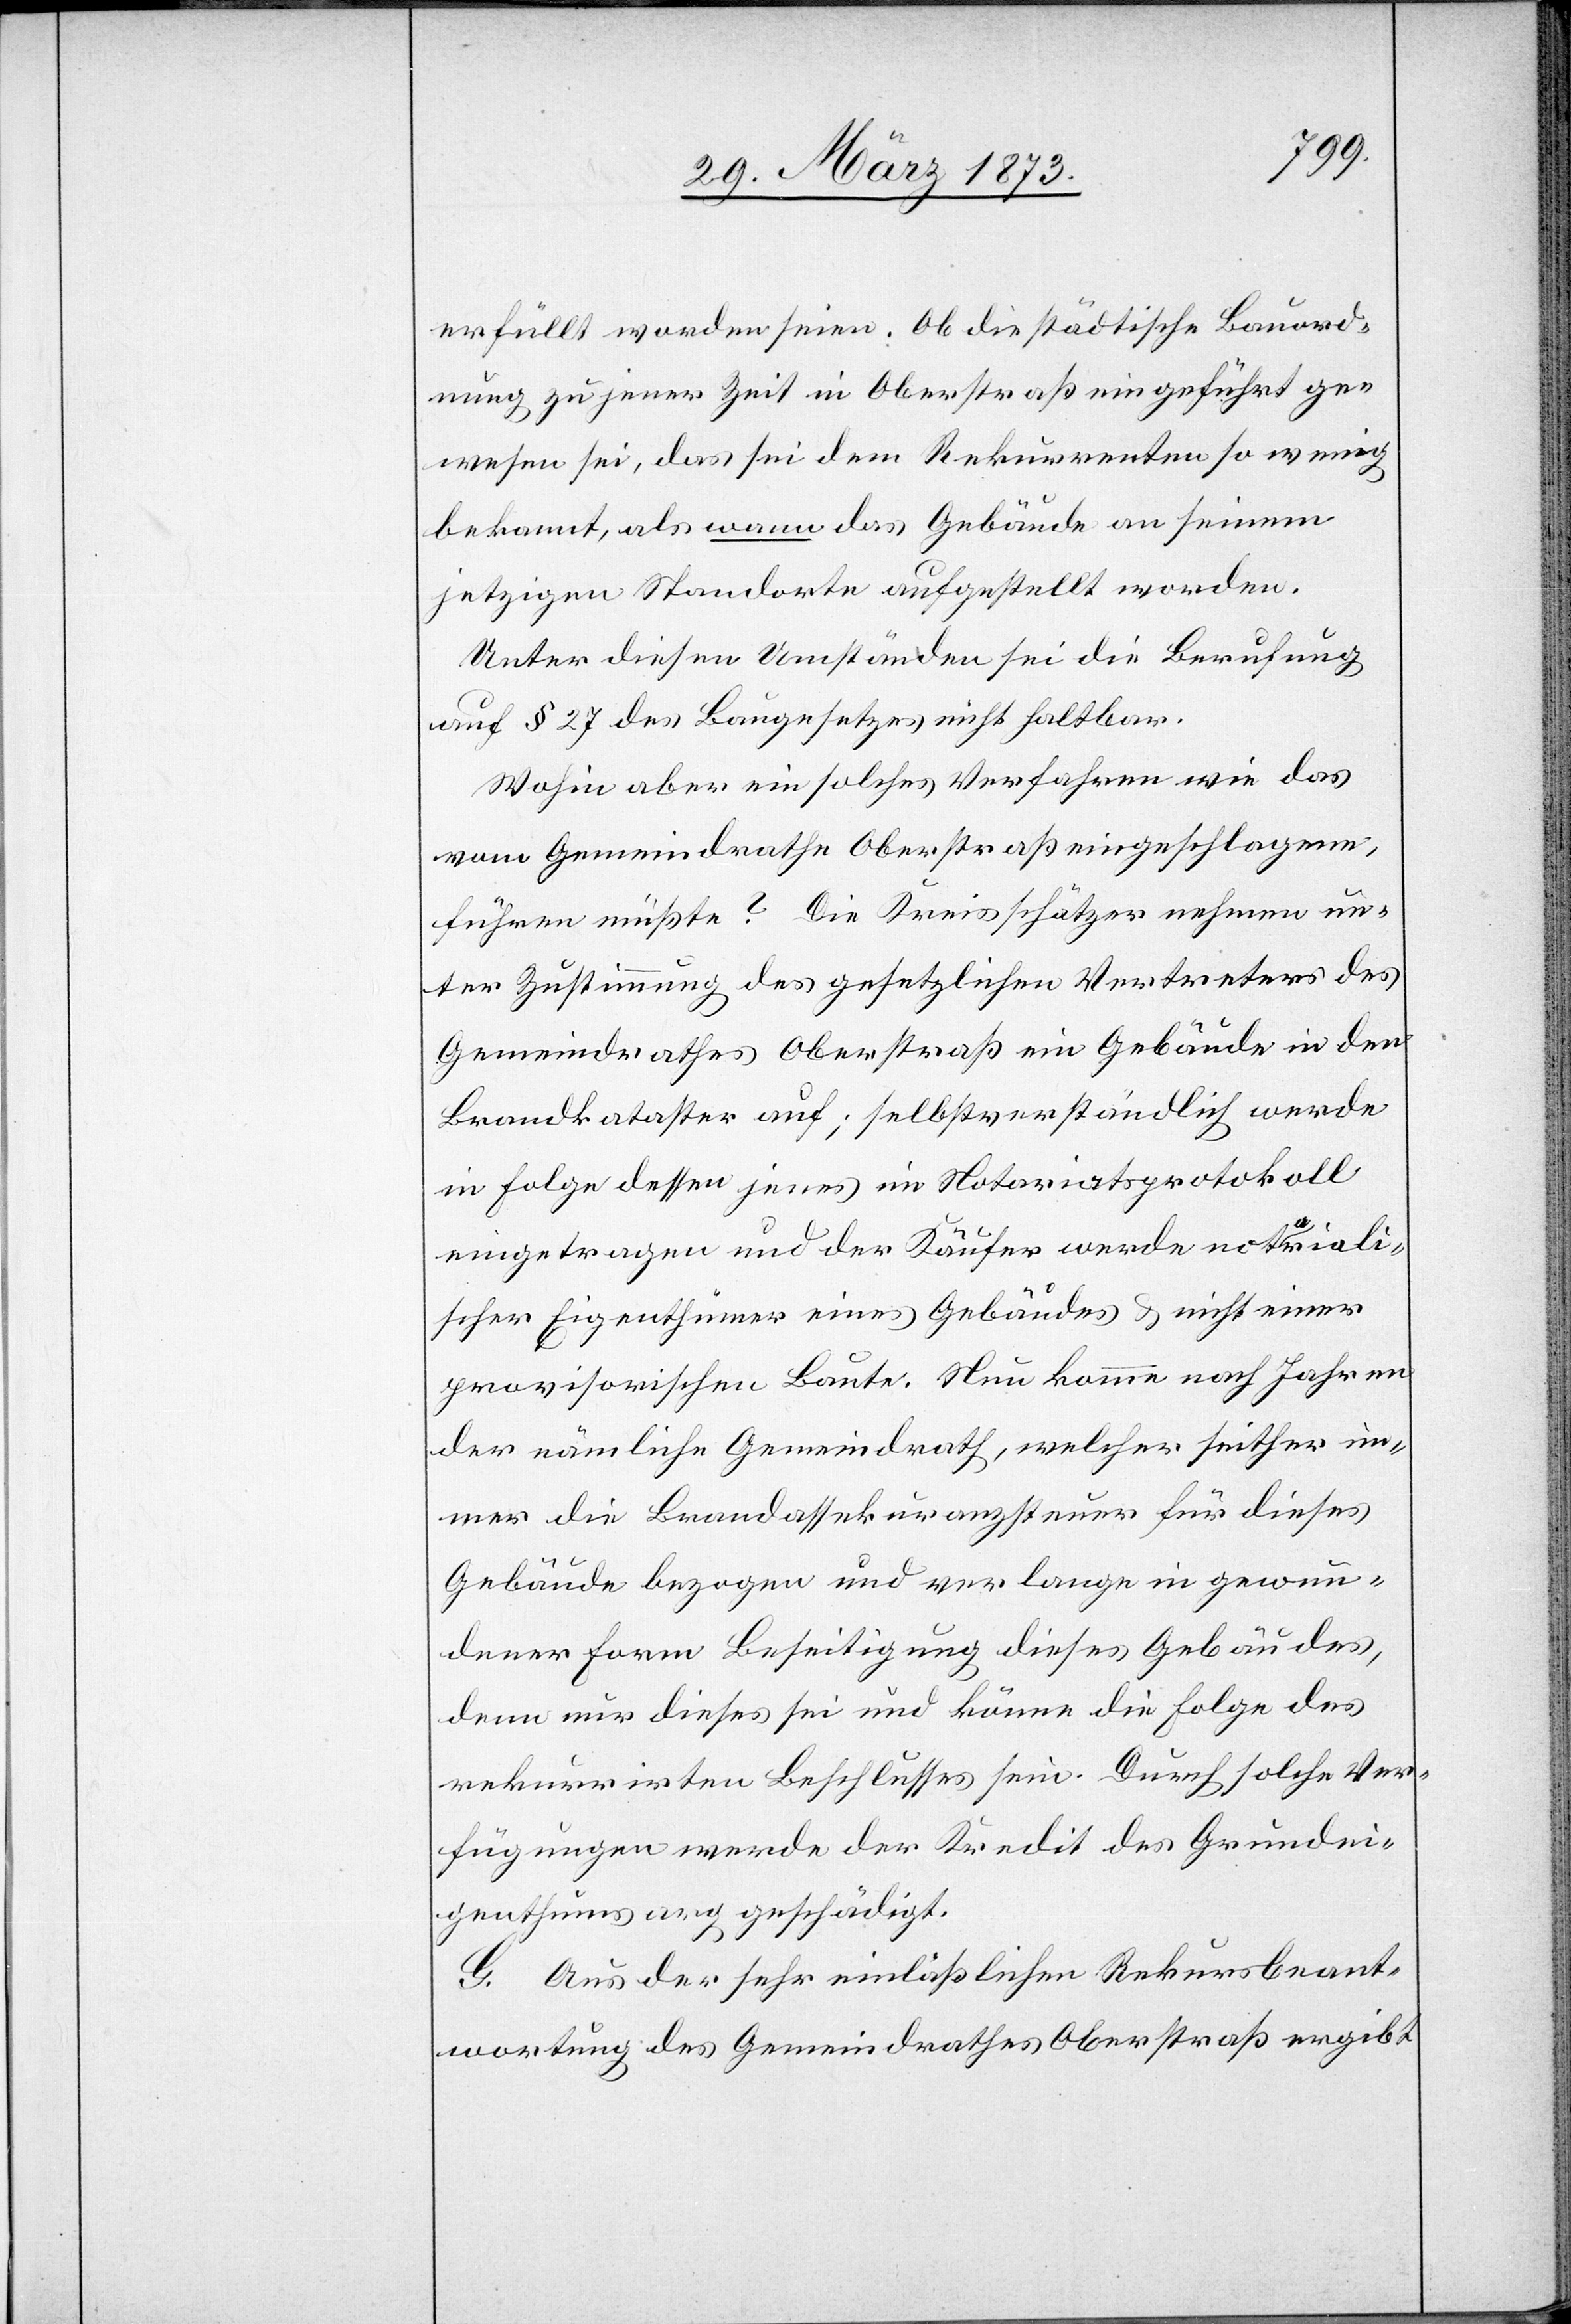
erfüllt worden seien. Ob die städtische Bauord¬
nung zu jener Zeit in Oberstraß eingeführt ge¬
wesen sei, das sei dem Rekurrenten so wenig
bekannt, als wann das Gebäude an seinem
jetzigen Standorte aufgestellt worden.
Unter diesen Umständen sei die Berufung
auf § 27 des Baugesetzes nicht haltbar.
Wohin aber ein solches Verfahren wie das
vom Gemeindrathe Oberstraß eingeschlagen,
führen müßte? Die Kreisschätzer nehmen un¬
ter Zustimmung des gesetzlichen Vertreters des
Gemeindrathes Oberstraß ein Gebäude in den
Brandkataster auf; selbstverständlich werde
in Folge dessen jenes im Notariatsprotokoll
eingetragen und der Käufer werde notariali¬
scher Eigenthümer eines Gebäudes u. nicht einer
provisorischen Baute. Nun komme nach Jahren
der nämliche Gemeindrath, welcher seither im¬
mer die Brandassekuranzsteuer für dieses
Gebäude bezogen und verlange in gewun¬
dener Form Beseitigung dieses Gebäudes,
denn nur dieses sei und könne die Folge des
rekurrirten Beschlusses sein. Durch solche Ver¬
fügungen werde der Kredit des Grundei¬
genthums arg geschädigt.
G. Aus der sehr einläßlichen Rekursbeant¬
wortung des Gemeindrathes Oberstraß ergibt